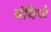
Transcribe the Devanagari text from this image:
बंधिजे